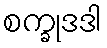
စက္ခုဒဒါ